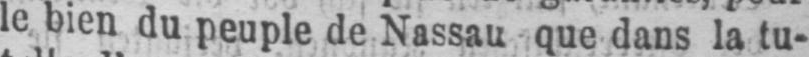
le bien du peuple de Nassau que dans la tu-